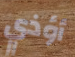
أؤذي